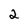
Character: 2